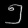
Digit: ၅